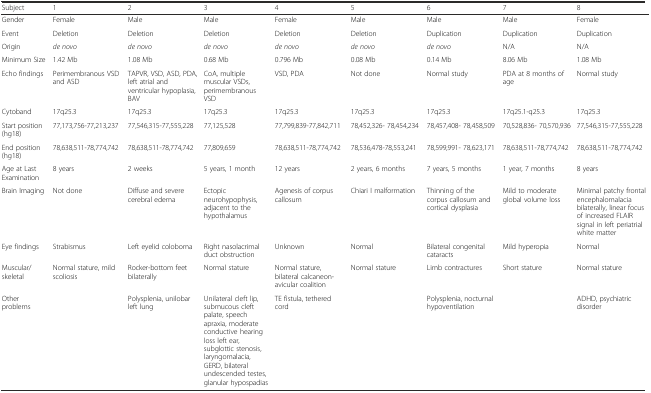
<table><thead><tr><td><b>Subject</b></td><td><b>1</b></td><td><b>2</b></td><td><b>3</b></td><td><b>4</b></td><td><b>5</b></td><td><b>6</b></td><td><b>7</b></td><td><b>8</b></td></tr></thead><tbody><tr><td>Gender</td><td>Female</td><td>Male</td><td>Male</td><td>Female</td><td>Male</td><td>Male</td><td>Male</td><td>Female</td></tr><tr><td>Event</td><td>Deletion</td><td>Deletion</td><td>Deletion</td><td>Deletion</td><td>Deletion</td><td>Duplication</td><td>Duplication</td><td>Duplication</td></tr><tr><td>Origin</td><td><i>de novo</i></td><td><i>de novo</i></td><td><i>de novo</i></td><td><i>de novo</i></td><td><i>de novo</i></td><td><i>de novo</i></td><td>N/A</td><td>N/A</td></tr><tr><td>Minimum Size</td><td>1.42 Mb</td><td>1.08 Mb</td><td>0.68 Mb</td><td>0.796 Mb</td><td>0.08 Mb</td><td>0.14 Mb</td><td>8.06 Mb</td><td>1.08 Mb</td></tr><tr><td>Echo findings</td><td>Perimembranous VSD and ASD</td><td>TAPVR, VSD, ASD, PDA, left atrial and ventricular hypoplasia, BAV</td><td>CoA, multiple muscular VSDs, perimembranous VSD</td><td>VSD, PDA</td><td>Not done</td><td>Normal study</td><td>PDA at 8 months of age</td><td>Normal study</td></tr><tr><td>Cytoband</td><td>17q25.3</td><td>17q25.3</td><td>17q25.3</td><td>17q25.3</td><td>17q25.3</td><td>17q25.3</td><td>17q25.1-q25.3</td><td>17q25.3</td></tr><tr><td>Start position (hg18)</td><td>77,173,756-77,213,237</td><td>77,546,315-77,555,228</td><td>77,125,528</td><td>77,799,839-77,842,711</td><td>78,452,326- 78,454,234</td><td>78,457,408- 78,458,509</td><td>70,528,836- 70,570,936</td><td>77,546,315-77,555,228</td></tr><tr><td>End position (hg18)</td><td>78,638,511-78,774,742</td><td>78,638,511-78,774,742</td><td>77,809,659</td><td>78,638,511-78,774,742</td><td>78,536,478-78,553,241</td><td>78,599,991- 78,623,171</td><td>78,638,511-78,774,742</td><td>78,638,511-78,774,742</td></tr><tr><td>Age at Last Examination</td><td>8 years</td><td>2 weeks</td><td>5 years, 1 month</td><td>12 years</td><td>2 years, 6 months</td><td>7 years, 5 months</td><td>1 year, 7 months</td><td>8 years</td></tr><tr><td>Brain Imaging</td><td>Not done</td><td>Diffuse and severe cerebral edema</td><td>Ectopic neurohypophysis, adjacent to the hypothalamus</td><td>Agenesis of corpus callosum</td><td>Chiari I malformation</td><td>Thinning of the corpus callosum and cortical dysplasia</td><td>Mild to moderate global volume loss</td><td>Minimal patchy frontal encephalomalacia bilaterally, linear focus of increased FLAIR signal in left periatrial white matter</td></tr><tr><td>Eye findings</td><td>Strabismus</td><td>Left eyelid coloboma</td><td>Right nasolacrimal duct obstruction</td><td>Unknown</td><td>Normal</td><td>Bilateral congenital cataracts</td><td>Mild hyperopia</td><td>Normal</td></tr><tr><td>Muscular/ skeletal</td><td>Normal stature, mild scoliosis</td><td>Rocker-bottom feet bilaterally</td><td>Normal stature</td><td>Normal stature, bilateral calcaneon-avicular coalition</td><td>Normal stature</td><td>Limb contractures</td><td>Short stature</td><td>Normal stature</td></tr><tr><td>Other problems</td><td></td><td>Polysplenia, unilobar left lung</td><td>Unilateral cleft lip, submucous cleft palate, speech apraxia, moderate conductive hearing loss left ear, subglottic stenosis, laryngomalacia, GERD, bilateral undescended testes, glanular hypospadias</td><td>TE fistula, tethered cord</td><td></td><td>Polysplenia, nocturnal hypoventilation</td><td></td><td>ADHD, psychiatric disorder</td></tr></tbody></table>